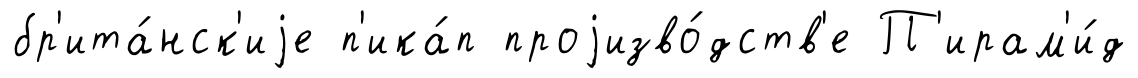
бр'ита́нск'иjе п'ика́п проjизво́дств'е П'ирам'и́д